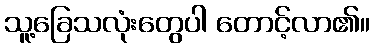
သူ့ခြေသလုံးတွေပါ တောင့်လာ၏။